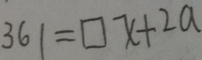
3 6 1 = \square x + 2 a